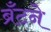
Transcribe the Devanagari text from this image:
ब्रँटने